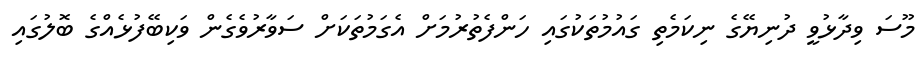
މޫސަ ވިދާޅުވީ ދުނިޔޭގެ ނިކަމެތި ގައުމުތަކުގައި ހަންފެތުރުމަށް އެގަމުތަކަށް ސަވާރުވެގެން ވަކިބޭފުޅެއްގެ ބޮލުގައި